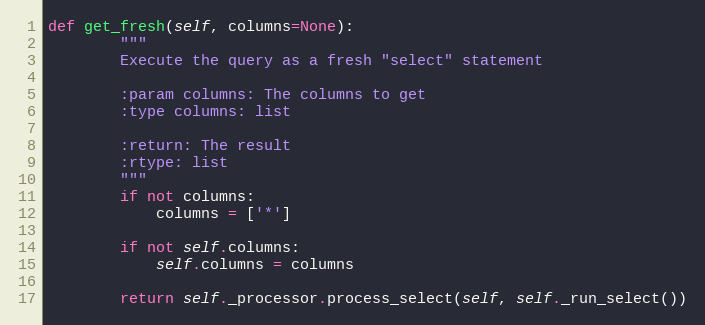
Language: Python
def get_fresh(self, columns=None):
        """
        Execute the query as a fresh "select" statement

        :param columns: The columns to get
        :type columns: list

        :return: The result
        :rtype: list
        """
        if not columns:
            columns = ['*']

        if not self.columns:
            self.columns = columns

        return self._processor.process_select(self, self._run_select())